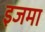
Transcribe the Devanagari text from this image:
इजमा